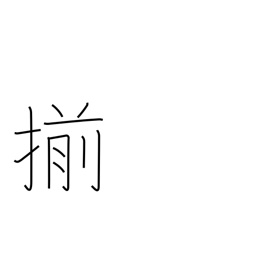
Meaning: uniform